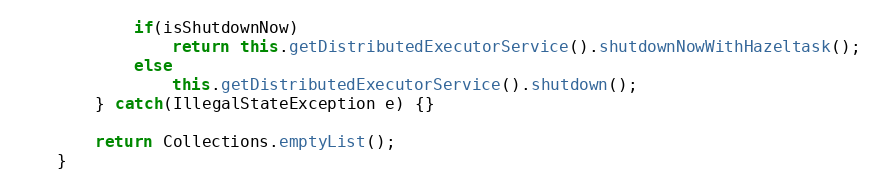
Language: Java
            if(isShutdownNow)
                return this.getDistributedExecutorService().shutdownNowWithHazeltask();
            else
                this.getDistributedExecutorService().shutdown();
        } catch(IllegalStateException e) {}

        return Collections.emptyList();
    }